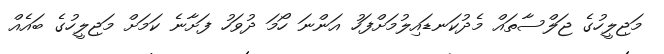
މަޖިލީހުގެ ޖަލްސާތައް މެދުކަނޑައިލުމަށްފަހު އަންނަ ހޯމަ ދުވަހު ފަށާނެ ކަމަށް މަޖިލީހުގެ ބައެއް